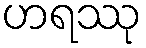
ဟရဿု